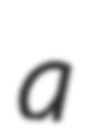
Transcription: a